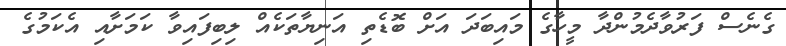
ގެނެސް ފަރުވާދެމުންދާ މީހާގެ މައިބަދަ އަށް ބޮޑެތި އަނިޔާތަކެއް ލިބިފައިވާ ކަމަށާއި އެކަމުގެ